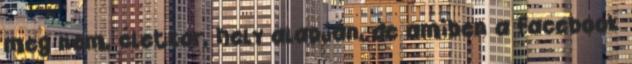
meg nem, életkor, hely alapján, de amiben a Facebook